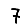
Digit: 7